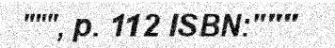
""", p. 112 ISBN:"""